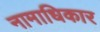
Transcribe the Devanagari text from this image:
नामाधिकार